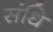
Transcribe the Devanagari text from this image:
संधि